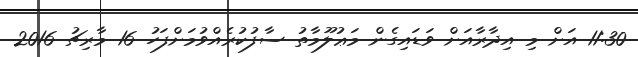
11:30 އަށް މި އިދާރާއަށް ވަޑައިގެން މަޢުލޫމާތު ސާފުކުރެއްވުމަށްފަހު 16 މާރިޗު 2016